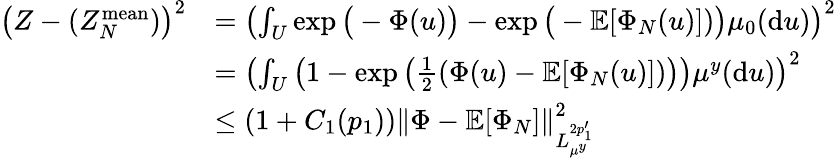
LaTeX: \begin{array}{rl}{\left(Z-(Z_{N}^{\mathrm{mean}})\right)^{2}}&{=\left(\int_{U}\exp\big(-\Phi(u)\big)-\exp\big(-\mathbb{E}[\Phi_{N}(u)])\big)\mu_{0}(\mathrm{d}u)\right)^{2}}\\ &{=\left(\int_{U}\left(1-\exp\left(\frac{1}{2}(\Phi(u)-\mathbb{E}[\Phi_{N}(u)])\right)\right)\mu^{y}(\mathrm{d}u)\right)^{2}}\\ &{\leq(1+C_{1}(p_{1}))\left\| \Phi-\mathbb{E}[\Phi_{N}]\right\| _{L_{\mu^{y}}^{2p_{1}^{\prime}}}^{2}}\end{array}